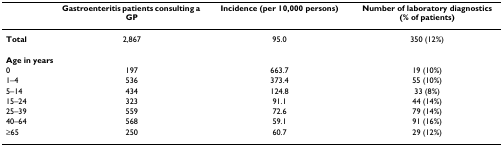
|  | Gastroenteritis patients consulting a GP | Incidence (per 10,000 persons) | Number of laboratory diagnostics (% of patients) |
 | --- | --- | --- | --- |
 | Total | 2,867 | 95.0 | 350 (12%) |
 | Age in years |  |  |  |
 | 0 | 197 | 663.7 | 19 (10%) |
 | 1–4 | 536 | 373.4 | 55 (10%) |
 | 5–14 | 434 | 124.8 | 33 (8%) |
 | 15–24 | 323 | 91.1 | 44 (14%) |
 | 25–39 | 559 | 72.6 | 79 (14%) |
 | 40–64 | 568 | 59.1 | 91 (16%) |
 | ≥65 | 250 | 60.7 | 29 (12%) |